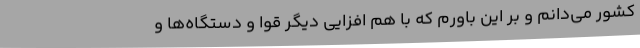
کشور می‌دانم و بر این باورم که با هم افزایی دیگر قوا و دستگاه‌ها و